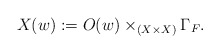
\begin{align*}X(w):= O(w)\times_{\left(X\times X\right)}\Gamma_F.\end{align*}